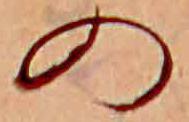
の